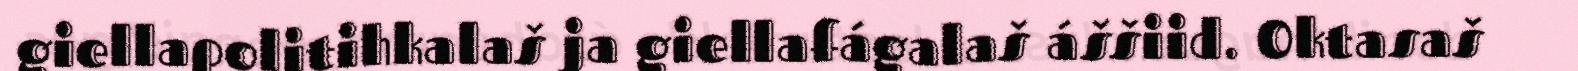
giellapolitihkalaš ja giellafágalaš áššiid. Oktasaš